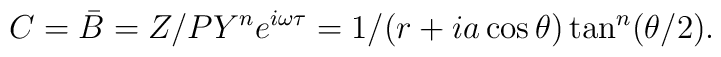
C= \bar B = Z/P Y^n e^{ i\omega \tau }=1/(r+ia\cos \theta )\tan ^n (\theta /2).